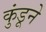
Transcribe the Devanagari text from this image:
कुंडूने